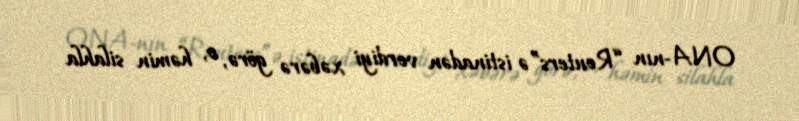
ONA-nın “Reuters”ə istinadən verdiyi xəbərə görə, o, həmin silahla